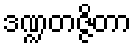
ဒဏ္ဍတဇ္ဇိတာ